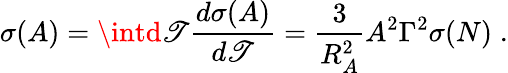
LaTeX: \sigma(A)=\intd\mathscr{T}\frac{{d\sigma(A)}}{{d\mathscr{T}}}=\frac{{3}}{{R_{A}^{2}}}A^{2}\Gamma^{2}\sigma(N)\; .